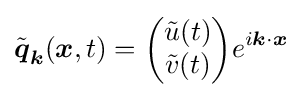
{\tilde {\boldsymbol {q}}}_{\boldsymbol {k}}({\boldsymbol {x}},t)={\begin{pmatrix}{\tilde {u}}(t)\\{\tilde {v}}(t)\end{pmatrix}}e^{i{\boldsymbol {k}}\cdot {\boldsymbol {x}}}